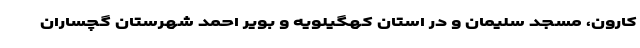
کارون، مسجد سلیمان و در استان کهگیلویه و بویر احمد شهرستان گچساران